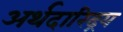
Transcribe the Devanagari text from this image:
अर्थदारिद्रय